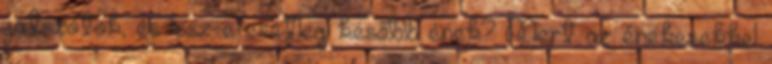
játszotok, és lesz-e esetleg később ének? Mert az énekesekkel